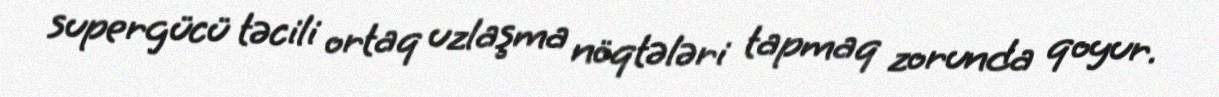
supergücü təcili ortaq uzlaşma nöqtələri tapmaq zorunda qoyur.